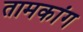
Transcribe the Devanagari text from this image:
तामकांग